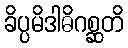
ခိပ္ပမိဒါဓိဂစ္ဆတိ